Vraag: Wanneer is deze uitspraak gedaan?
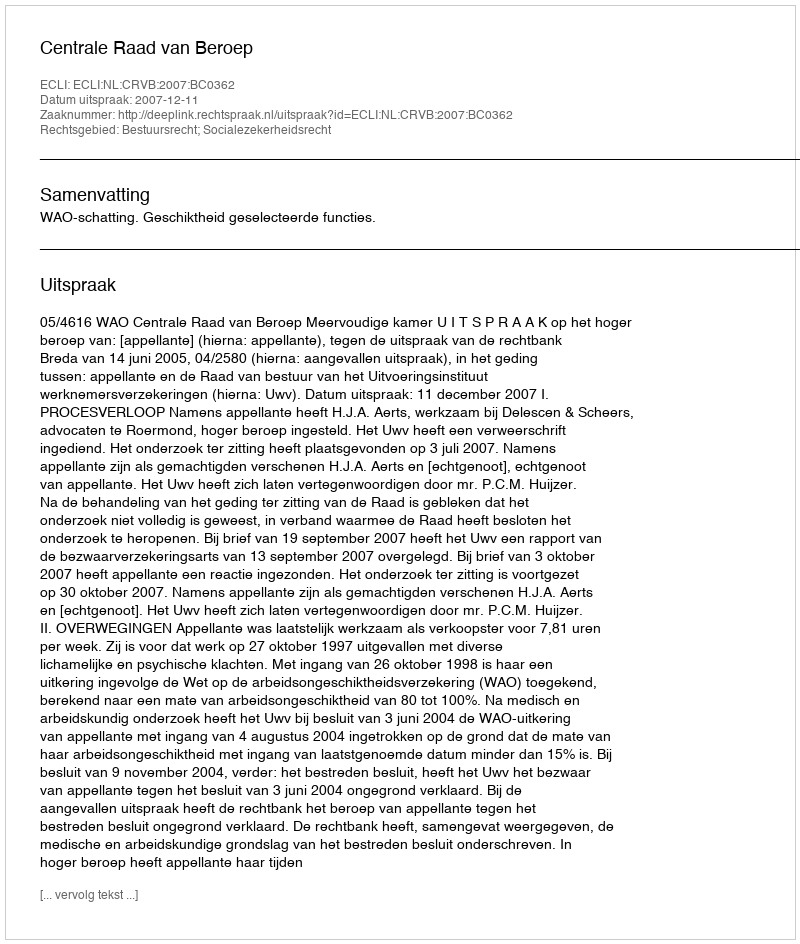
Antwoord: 2007-12-11